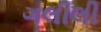
ગલીલી